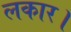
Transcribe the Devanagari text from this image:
लकार।